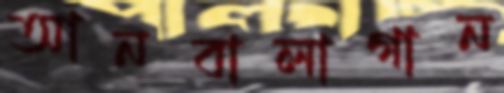
আনবালাগান